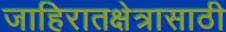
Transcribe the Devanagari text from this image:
जाहिरातक्षेत्रासाठी